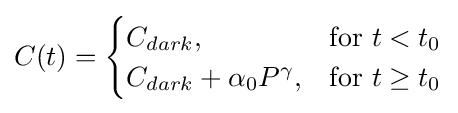
C(t)={\begin{cases}C_{dark},&{\text{for }}t<t_{0}\\C_{dark}+\alpha _{0}P^{\gamma },&{\text{for }}t\geq t_{0}\end{cases}}